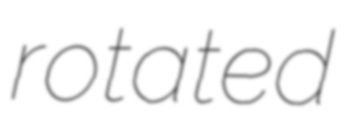
rotated